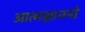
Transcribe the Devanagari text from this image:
आत्मज्ञाननो